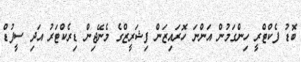
ބޮޑު ފެކްޓްރީ ހިންގަމުން އަންނަ ހޮރައިޒަން ފިޝަރީޒްގެ މެނޭޖިން ޑިރެކްޓަރު އަދި ސީފުޑް